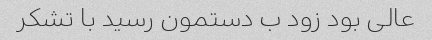
عالی بود زود ب دستمون رسید با تشکر